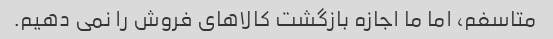
متاسفم، اما ما اجازه بازگشت کالاهای فروش را نمی دهیم.